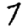
Digit: 7